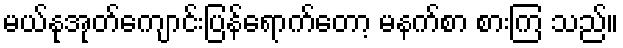
မယ်နုအုတ်ကျောင်းပြန်ရောက်တော့ မနက်စာ စားကြ သည်။